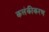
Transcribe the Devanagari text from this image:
कलंकीकरण